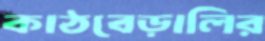
কাঠবেড়ালির